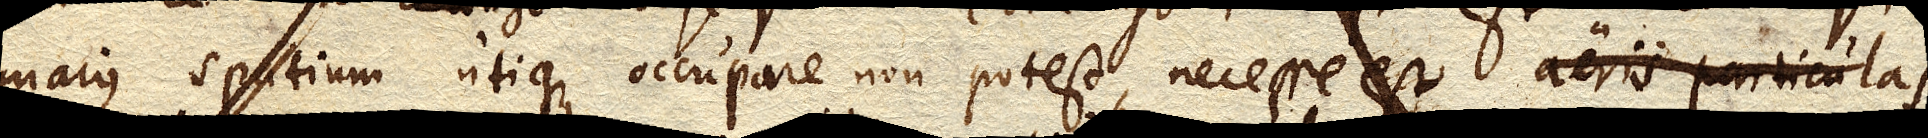
majus spatium utique occupare non potest, necesse est